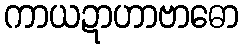
ကာယဍာဟာဗာဓော